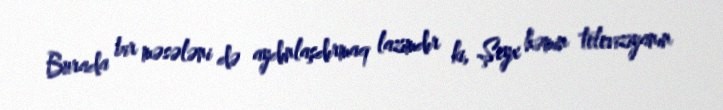
Burada bir məsələni də aydınlaşdırmaq lazımdır ki, Şeyx həmin televiziyanın